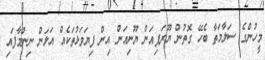
މީހުންގެ ސަލާމަތާ ބެހޭ ގޮތުން ޔޫރަޕިއަން ޔޫނިއަން އިން ފިޔަވަޅުތަކެއް އަޅަން ނިންމާފައި